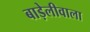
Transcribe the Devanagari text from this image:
बाड़ेलीवाला